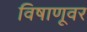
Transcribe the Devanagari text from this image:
विषाणूवर